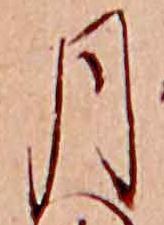
月